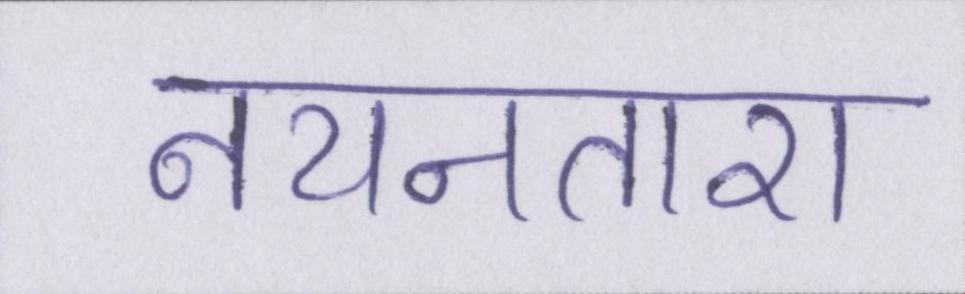
नयनतारा